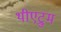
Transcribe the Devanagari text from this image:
थीएट्रुम